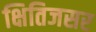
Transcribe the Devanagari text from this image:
क्षितिजसर